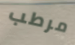
مرطب